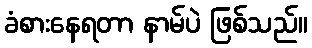
ခံစားနေရတာ နာမ်ပဲ ဖြစ်သည်။